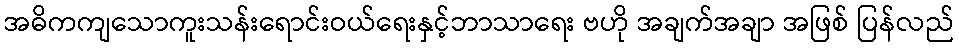
အဓိကကျသောကူးသန်းရောင်းဝယ်ရေးနှင့်ဘာသာရေး ဗဟို အချက်အချာ အဖြစ် ပြန်လည်